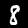
Label: 8